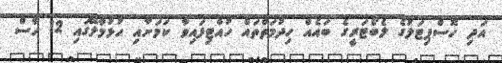
އަދި ހޮސްޕިޓަލުގެ ލެބޯޓަރީގެ ބައެއް ހިދުމަތްތައް ހުއްޓިފައިވާ ކަމަށާއި ހުޅުމާލޭގައި 12 ހާސް